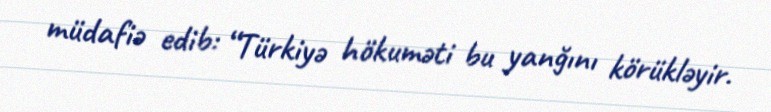
müdafiə edib: “Türkiyə hökuməti bu yanğını körükləyir.